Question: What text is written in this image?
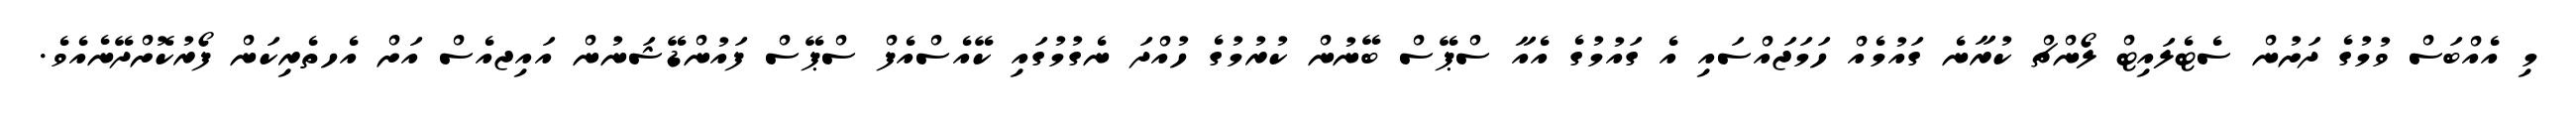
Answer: މި އެއްބަސް ވުމުގެ ދަށުން ސެޓެލައިޓް ލޯންޗް ކުރާނެ ގައުމެއް ހަމަޖައްސައި އެ ގައުމުގެ އެއާ ސްޕޭސް ބޭނުން ކުރުމުގެ ހުއްދަ ނެގުމުގައި ކޭއެސްއެފް ސްޕޭސް ފައުންޑޭޝަނުން އައިޖއެސް އަށް އެހތެރިކަން ފޯރުކޮށްދޭނެއެވެ.